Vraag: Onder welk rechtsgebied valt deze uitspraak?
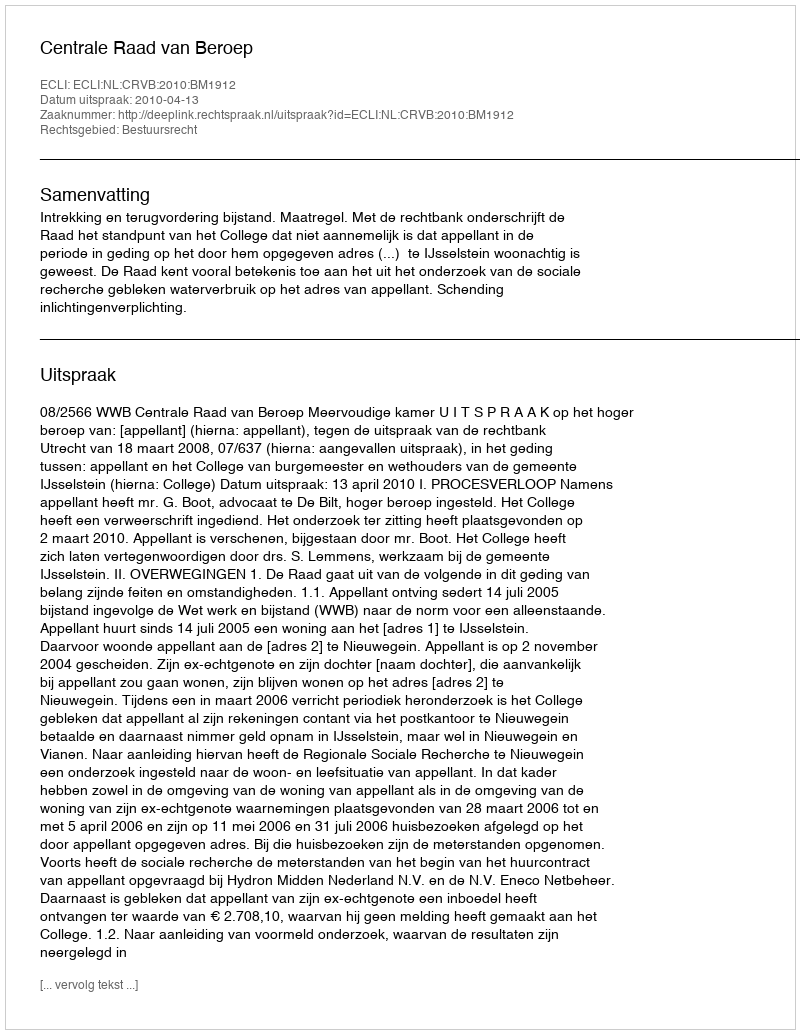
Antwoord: Bestuursrecht